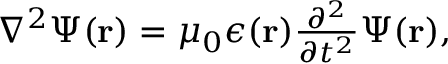
\begin{array} { r } { \nabla ^ { 2 } \Psi ( { \bf r } ) = \mu _ { 0 } \epsilon ( { \bf r } ) \frac { \partial ^ { 2 } } { \partial t ^ { 2 } } \Psi ( { \bf r } ) , } \end{array}